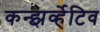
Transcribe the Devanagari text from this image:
कन्झर्व्हेटिव